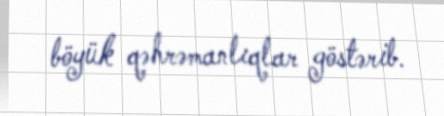
böyük qəhrəmanlıqlar göstərib.